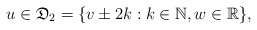
\begin{align*}u\in\mathfrak{D}_2=\{v\pm 2k: k\in \mathbb{N}, w\in\mathbb{R}\},\end{align*}